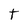
Character: t